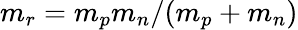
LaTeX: m_{r}=m_{p}m_{n}/(m_{p}+m_{n})